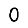
Digit: 0